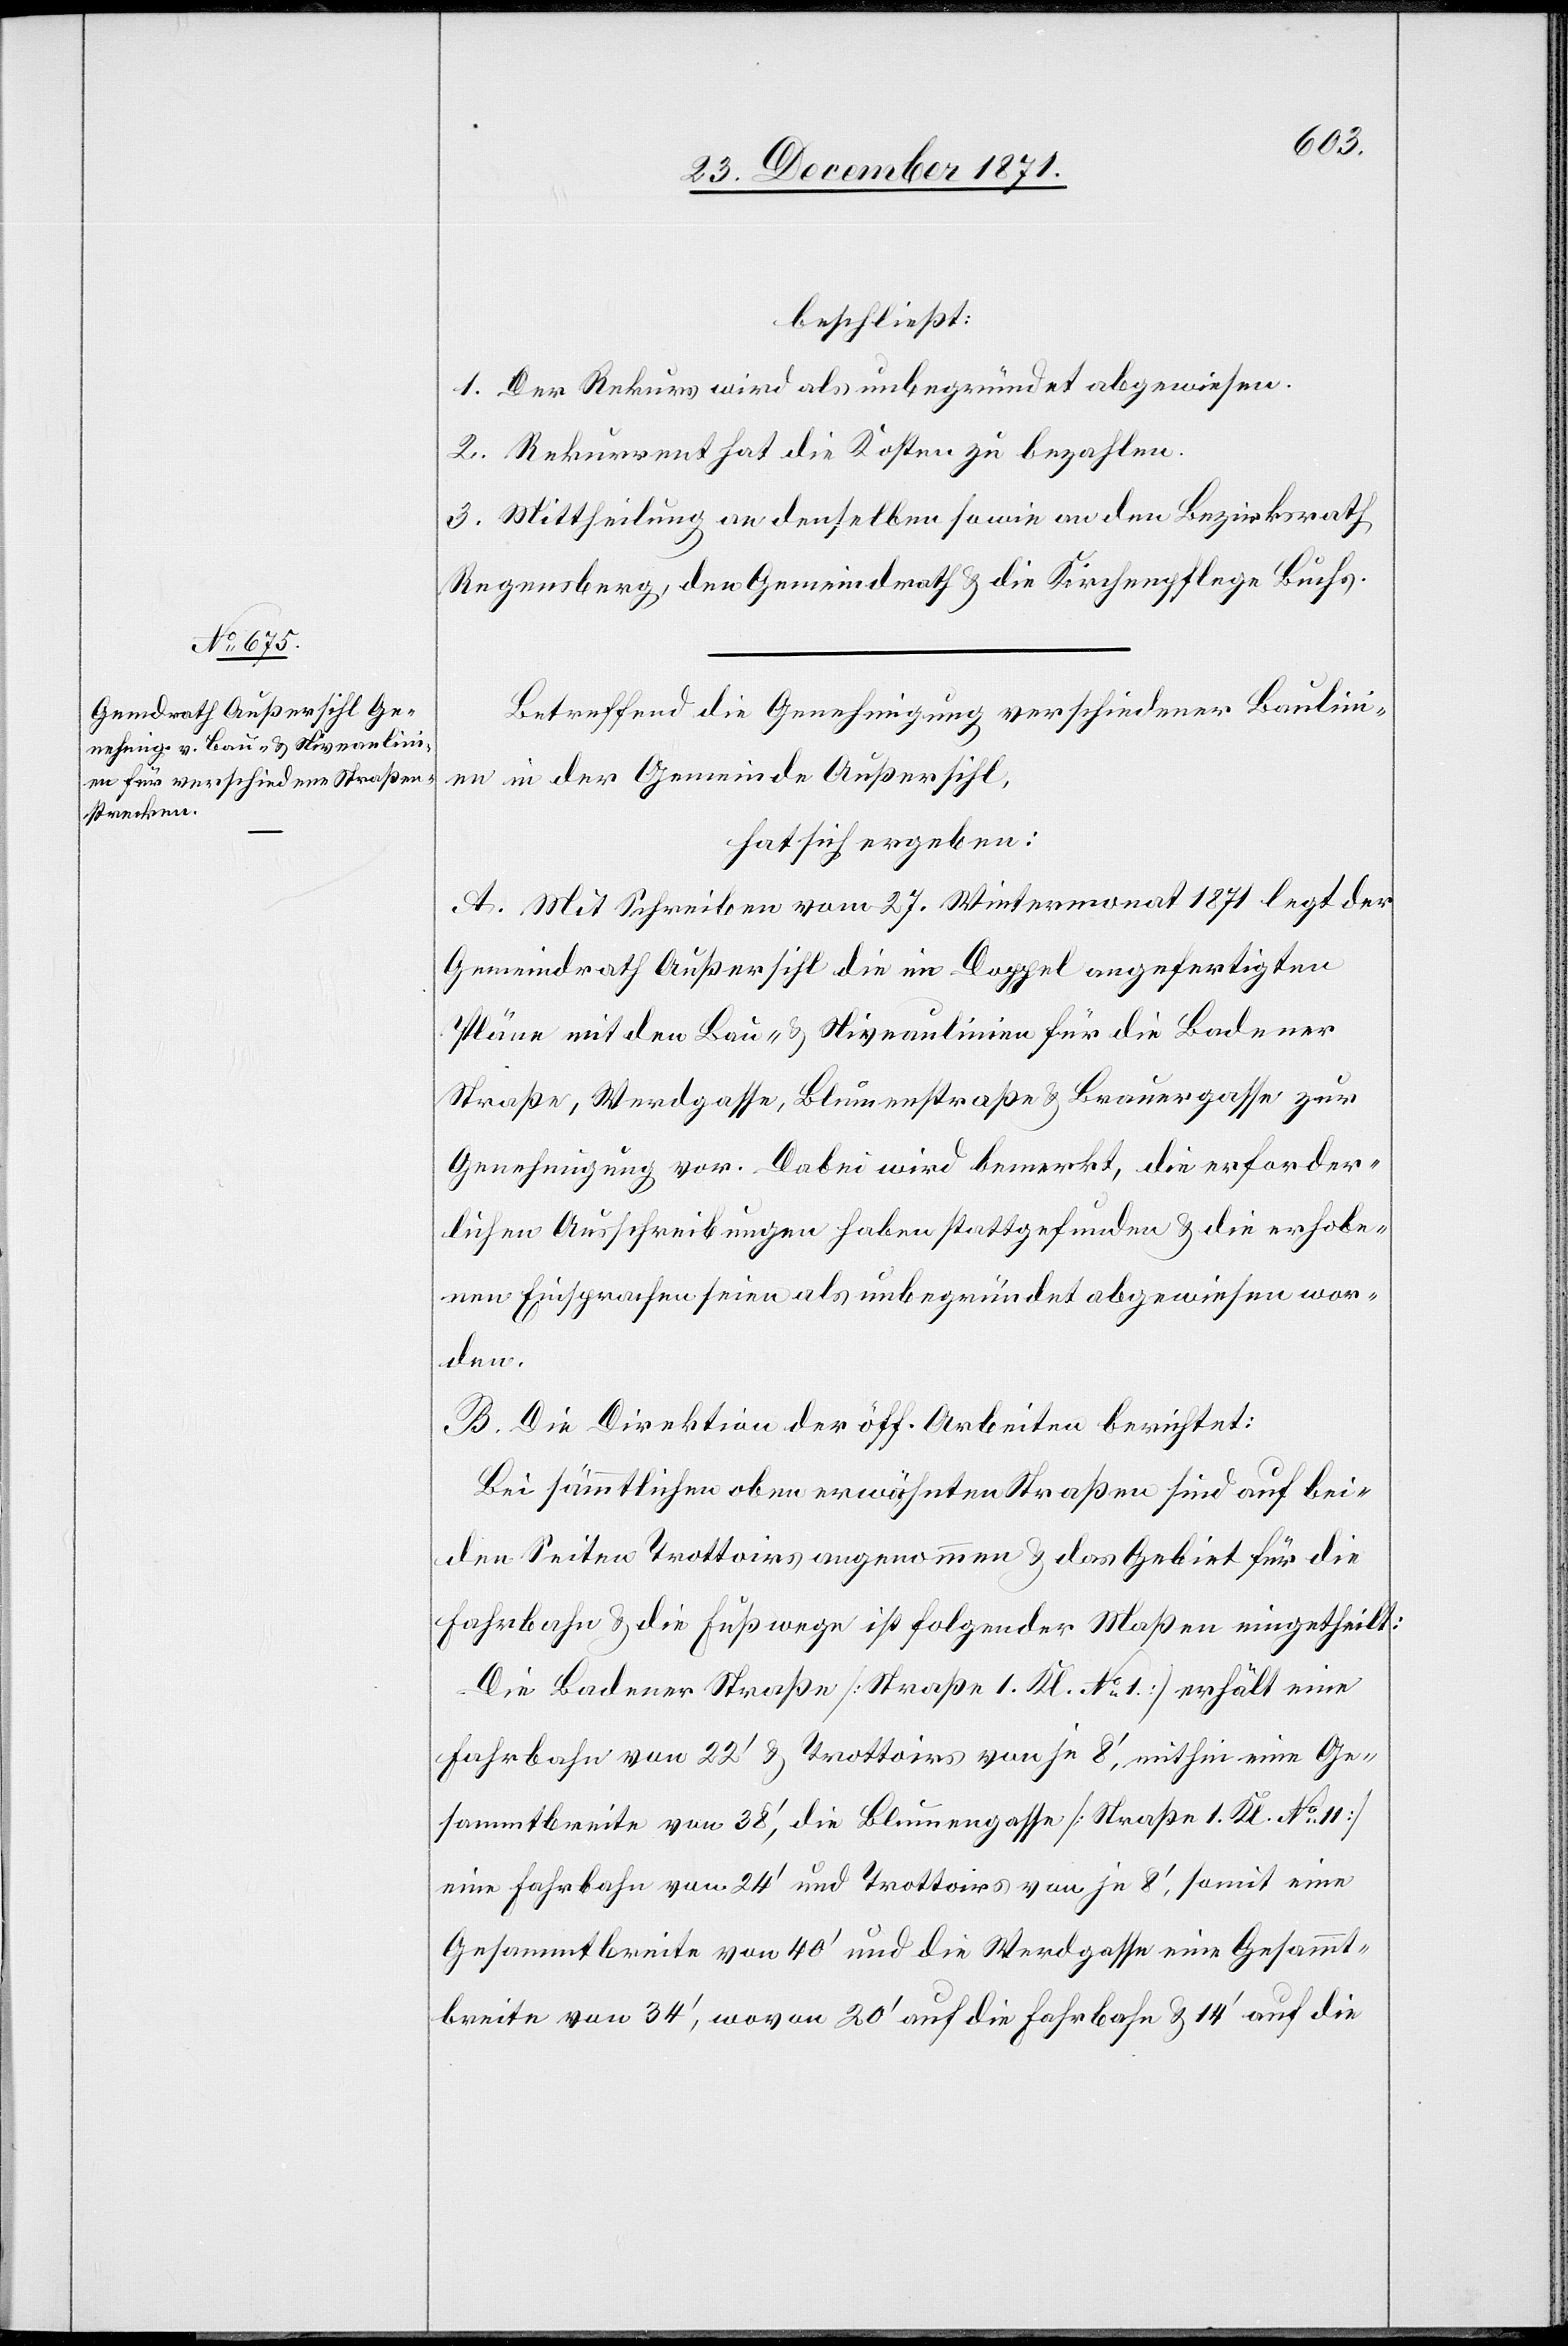
beschließt:
1. Der Rekurs wird als unbegründet abgewiesen.
2. Rekurrent hat die Kosten zu bezahlen.
3. Mittheilung an denselben sowie an den Bezirksrath
Regensberg, den Gemeindrath & die Kirchenpflege Buchs.